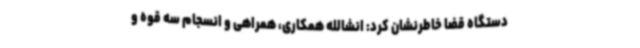
دستگاه قضا خاطرنشان کرد: انشالله همکاری، همراهی و انسجام سه قوه و